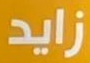
زايد